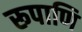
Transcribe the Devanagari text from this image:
रूपाणि